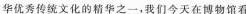
华优秀传统文化的精华之一，我们今天在博物馆看